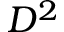
D ^ { 2 }